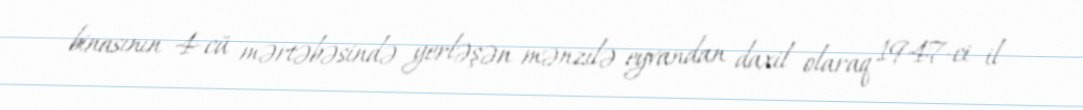
binasının 4-cü mərtəbəsində yerləşən mənzilə eyvandan daxil olaraq 1947-ci il